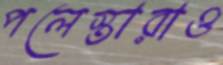
পলেস্তারাও